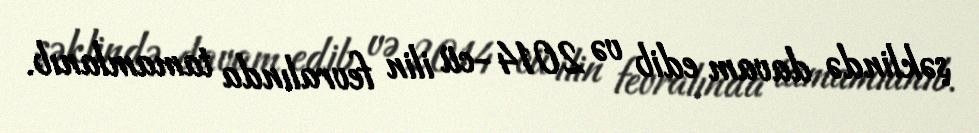
şəklində davam edib və 2014-cü ilin fevralında tamamlanıb.